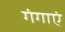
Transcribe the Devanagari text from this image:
गंगाएं